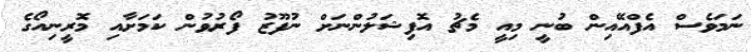
ނަމަވެސް އެފްއޭއިން ބުނީ މިއީ މެޗު އޮފިޝަލުންނަށް ނުފޫޒު ފޯރުވުން ކަމަށާއި މޮރީނިއޯގެ